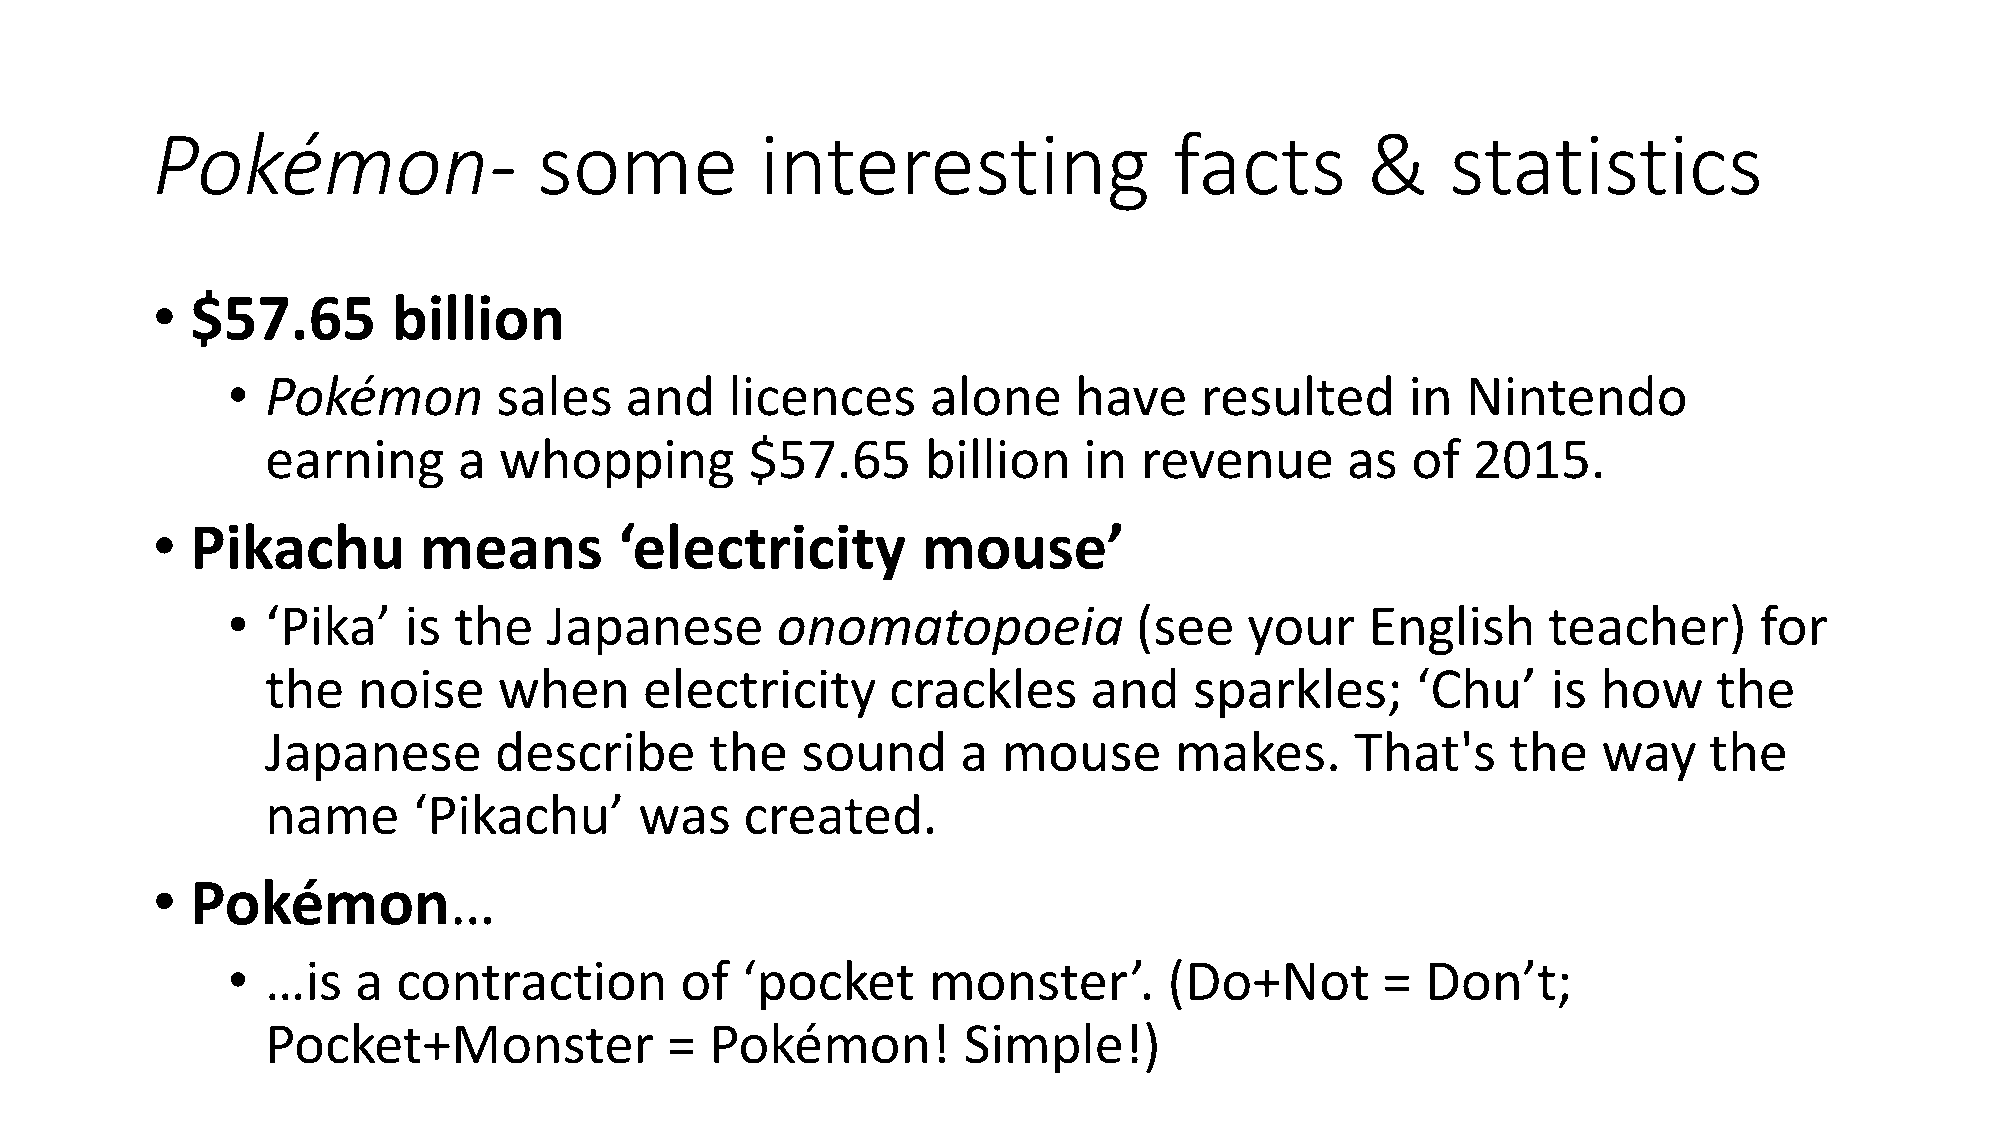
Pokémon-                  some          interesting                 facts       &     statistics
 •  $57.65       billion
 •  Pokémon        sales   and    licences      alone    have    resulted      in  Nintendo
 earning     a  whopping         $57.65     billion    in revenue       as  of  2015.
 •  Pikachu        means        ‘electricity        mouse’
 •  ‘Pika’   is the   Japanese       onomatopoeia            (see    your    English    teacher)      for
 the   noise    when      electricity     crackles     and    sparkles;      ‘Chu’    is how     the
 Japanese       describe      the   sound      a mouse       makes.      That's    the   way    the
 name     ‘Pikachu’      was    created.
 •  Pokémon…
 •  …is   a contraction        of  ‘pocket     monster’.       (Do+Not       =  Don’t;
 Pocket+Monster            =  Pokémon!         Simple!)